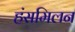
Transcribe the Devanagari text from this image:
हंसमिलन